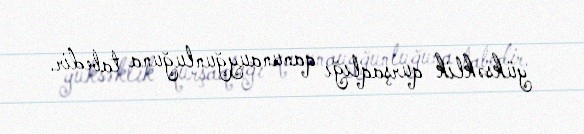
yüksəklik qurşaqlığı qanunauyğunluğuna tabedir.